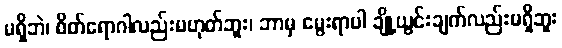
မရှိဘဲ၊ စိတ်ရောဂါလည်းမဟုတ်ဘူး၊ ဘာမှ မွေးရာပါ ချို့ယွင်းချက်လည်းမရှိဘူး